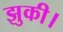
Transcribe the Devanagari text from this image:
झुकी।